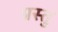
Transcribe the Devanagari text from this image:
प्रस्तु